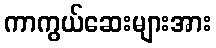
ကာကွယ်ဆေးများအား